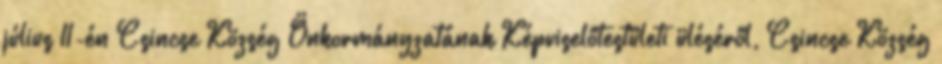
július 11-én Csincse Község Önkormányzatának Képviselőtestületi üléséről, Csincse Község